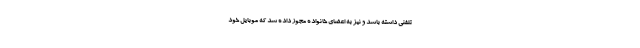
تلفنی داشته باشد و نیز به اعضای خانواده مجوز داده شد که موبایل خود